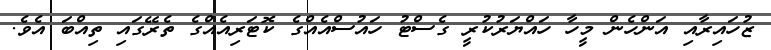
ޒުހައިރާއި އަންހެން މީހާ ހައްޔަރުކުރީ ގެސްޓު ހައުސްއެއްގެ ކޮޓަރިއެއްގެ ތެރޭގައި ތިއްބަ އެވެ.